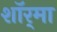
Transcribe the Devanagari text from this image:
शॉर्‌मा